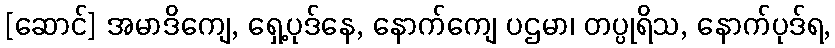
[ဆောင်] အမာဒိကျေ, ရှေ့ပုဒ်နေ, နောက်ကျေ ပဌမာ၊ တပ္ပုရိသ, နောက်ပုဒ်ရ,